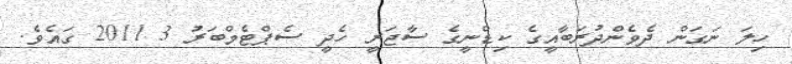
ހިލަ ނަގަން ދެވެންދުރަބާއީގެ ކިޑްނީގެ ސާޖަރީ ހެދީ ސެޕްޓެމްބަރު 3 2011 ގައެވެ.